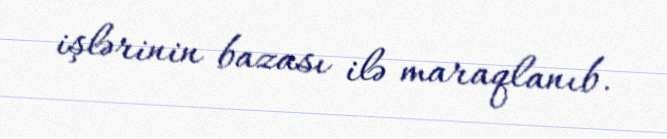
işlərinin bazası ilə maraqlanıb.